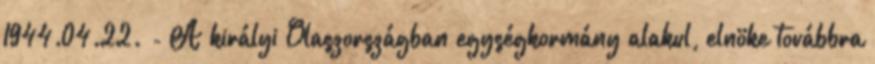
1944.04.22. - A királyi Olaszországban egységkormány alakul, elnöke továbbra